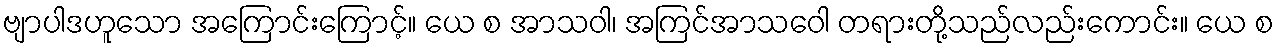
ဗျာပါဒဟူသော အကြောင်းကြောင့်။ ယေ စ အာသဝါ၊ အကြင်အာသဝေါ တရားတို့သည်လည်းကောင်း။ ယေ စ